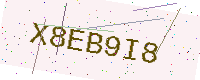
Text: X8EB9I8